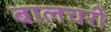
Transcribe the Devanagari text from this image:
बालचरी